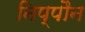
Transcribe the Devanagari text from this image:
निप्पौन